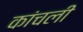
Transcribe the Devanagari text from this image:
कांचली